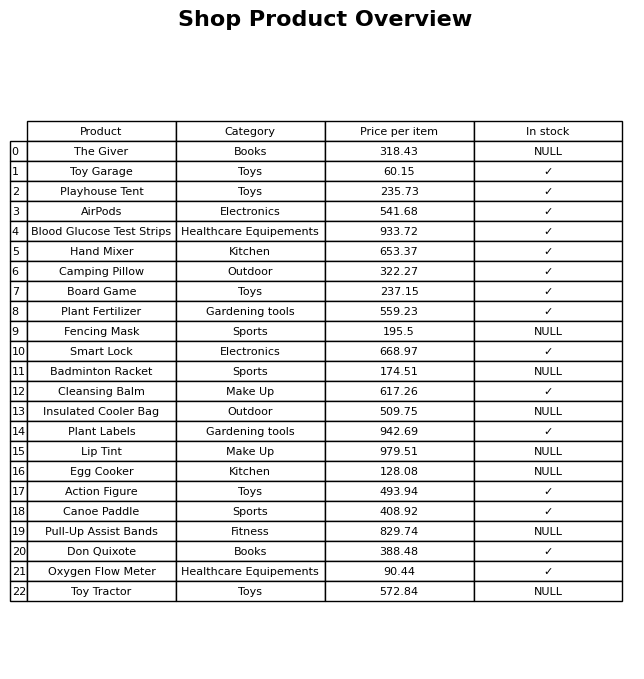
question: What is the price of the Cleansing Balm?
answer: The price of Cleansing Balm is 617.26.